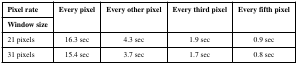
<table><thead><tr><td><b>Pixel rate</b></td><td rowspan="2"><b>Every pixel</b></td><td rowspan="2"><b>Every other pixel</b></td><td rowspan="2"><b>Every third pixel</b></td><td rowspan="2"><b>Every fifth pixel</b></td></tr><tr><td><b>Window size</b></td></tr></thead><tbody><tr><td>21 pixels</td><td>16.3 sec</td><td>4.3 sec</td><td>1.9 sec</td><td>0.9 sec</td></tr><tr><td>31 pixels</td><td>15.4 sec</td><td>3.7 sec</td><td>1.7 sec</td><td>0.8 sec</td></tr></tbody></table>